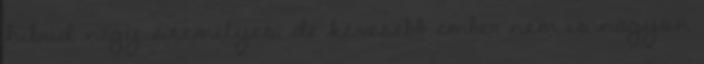
hibrid négy személyes, de kevesebb ember nem is nagyon